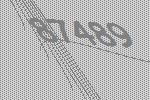
87489